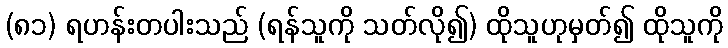
(၈၁) ရဟန်းတပါးသည် (ရန်သူကို သတ်လို၍) ထိုသူဟုမှတ်၍ ထိုသူကို